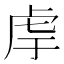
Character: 䖉